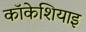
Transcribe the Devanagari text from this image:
कॉकेशियाइ